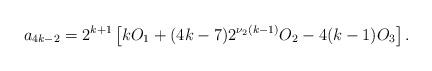
LaTeX: \begin{align*}a_{4k-2} = 2^{k+1} \left[ kO_{1} + (4k-7)2^{\nu_{2}(k-1)}O_{2} - 4(k-1)O_{3} \right].\end{align*}